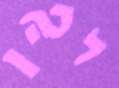
לכהן